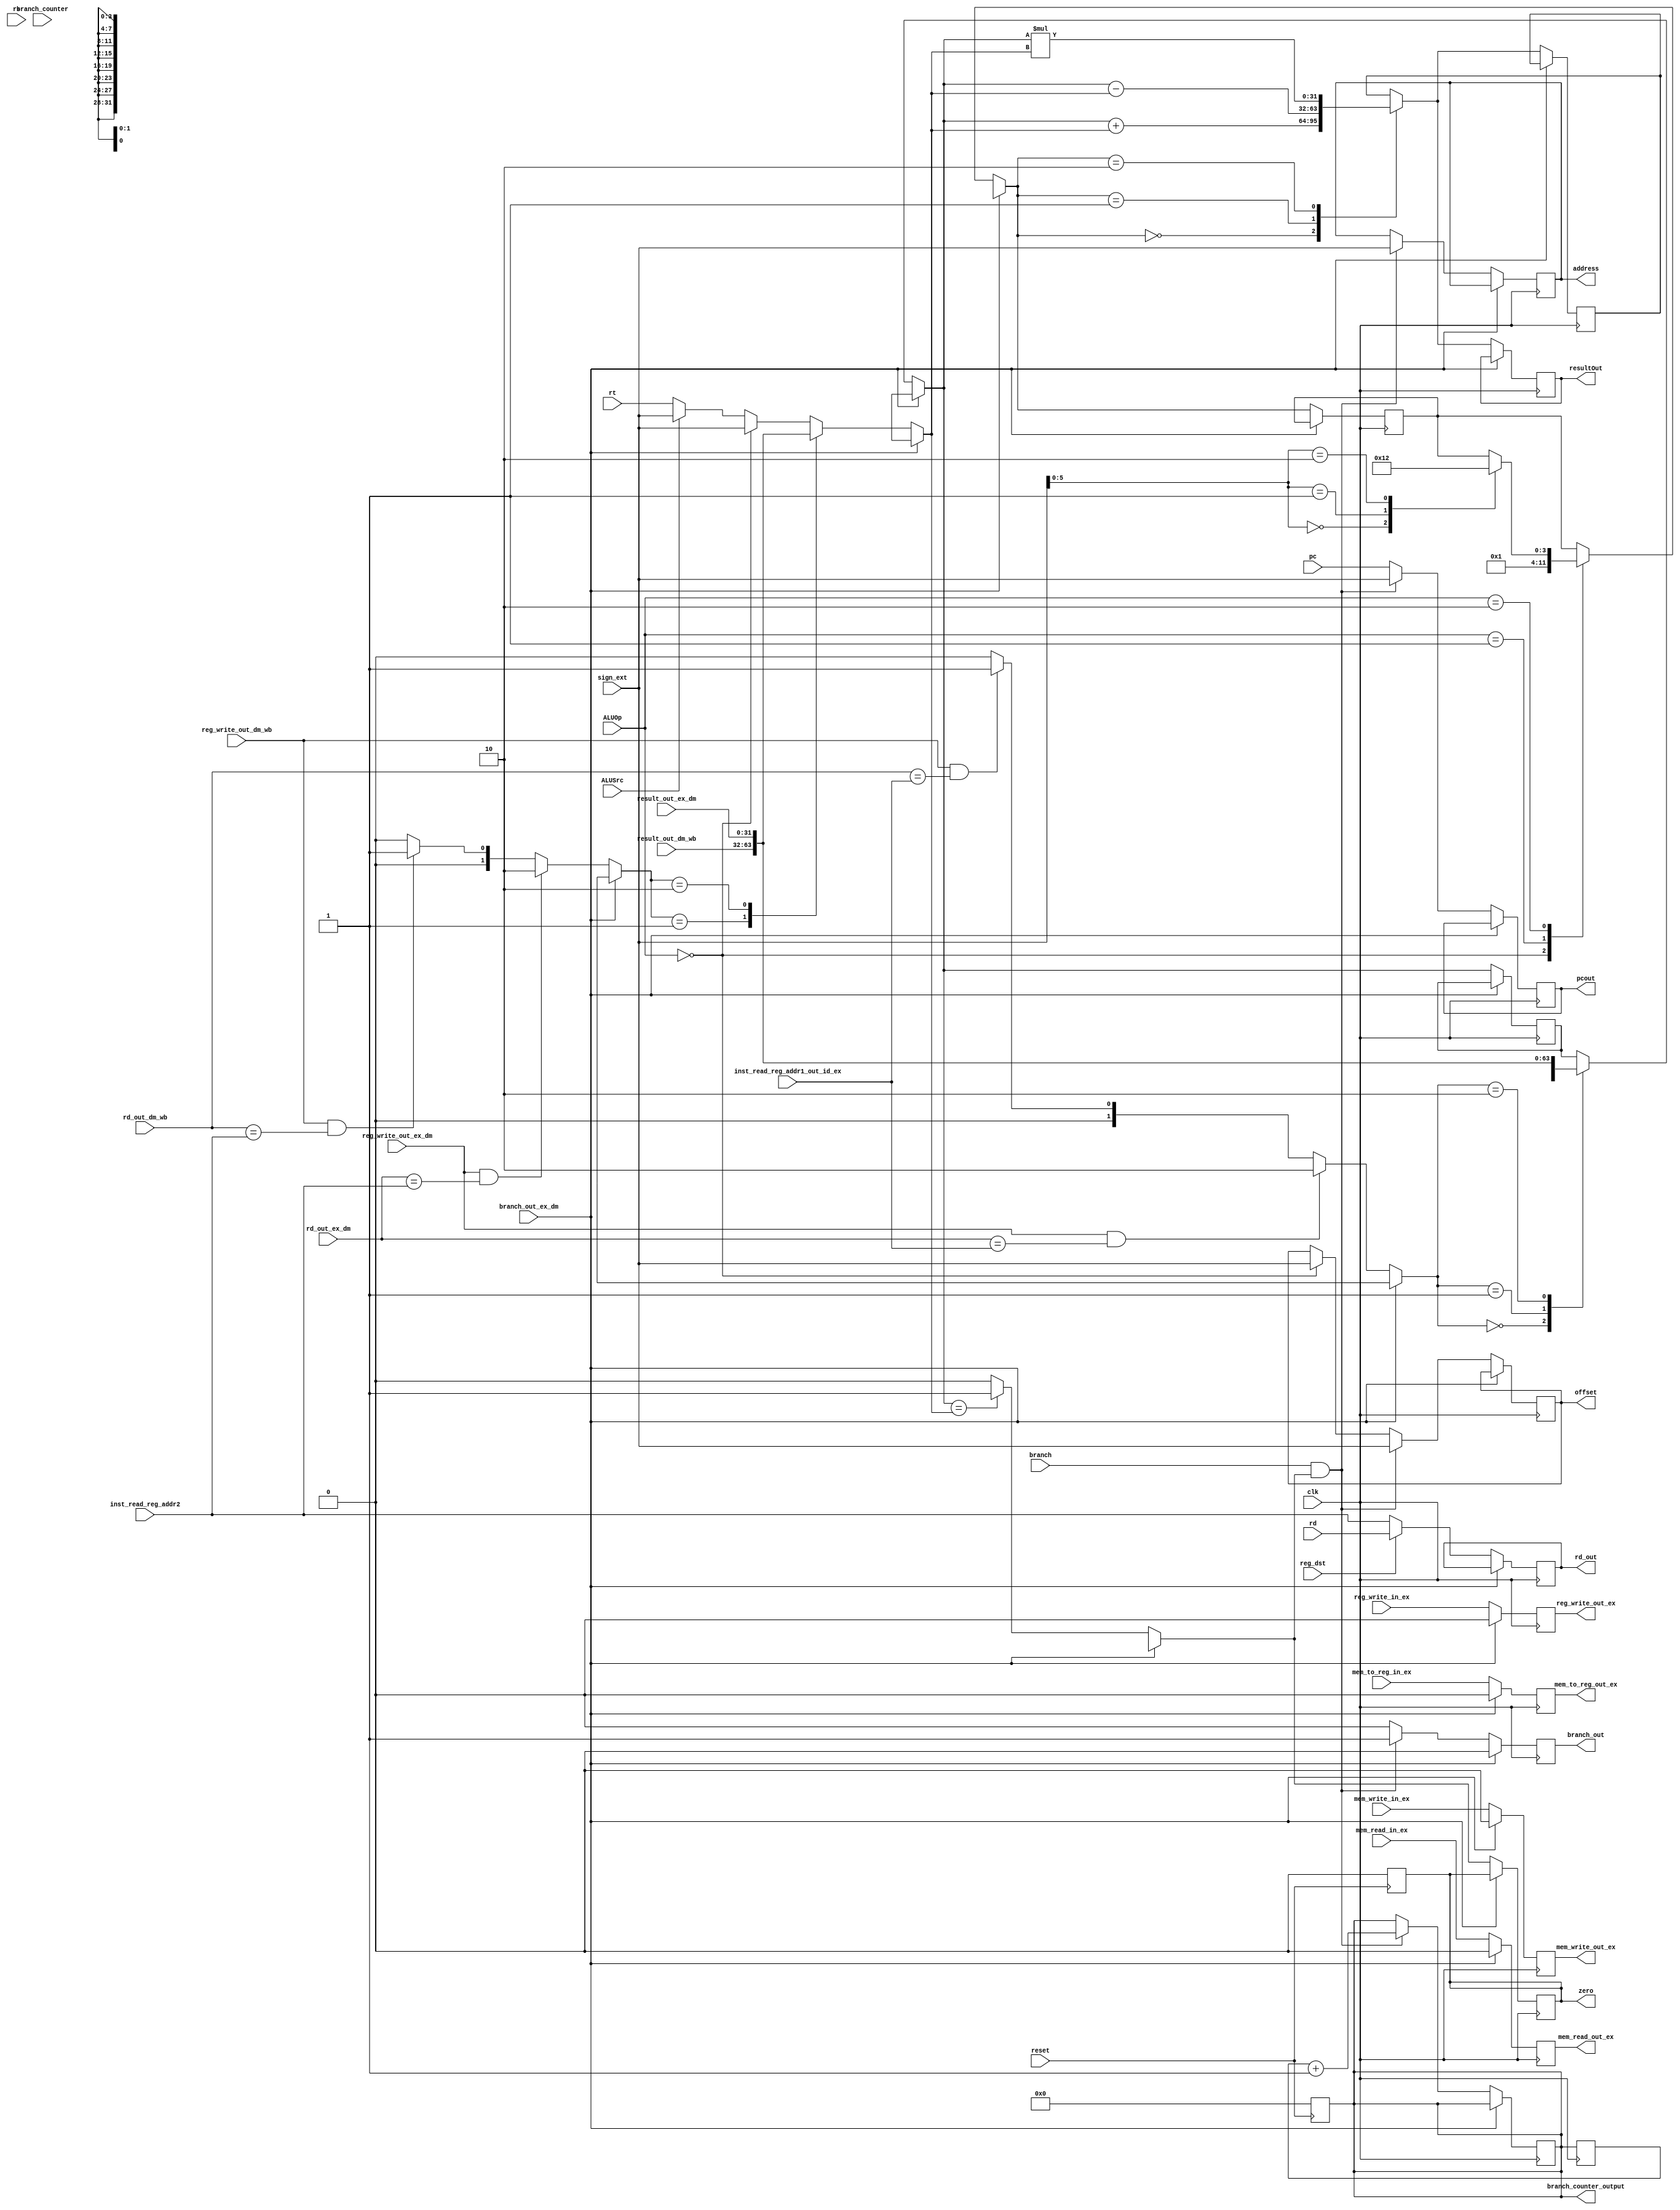
module EX(clk, rs, rt, rd_out_ex_dm, sign_ext, ALUSrc, ALUOp, branch, reset, reg_dst, inst_read_reg_addr1_out_id_ex, inst_read_reg_addr2, rd_out_dm_wb, rd, pc, zero, address, resultOut, pcout, branch_out, offset,rd_out, branch_out_ex_dm, mem_read_in_ex, mem_write_in_ex, reg_write_in_ex, reg_write_out_ex_dm, reg_write_out_dm_wb, mem_to_reg_in_ex, mem_read_out_ex, mem_write_out_ex, reg_write_out_ex, mem_to_reg_out_ex, result_out_dm_wb, result_out_ex_dm, branch_counter, branch_counter_output);

    input reset;
    input clk, reg_dst, branch_out_ex_dm;
    input mem_read_in_ex, mem_write_in_ex, reg_write_in_ex, mem_to_reg_in_ex, reg_write_out_ex_dm, reg_write_out_dm_wb;
    input wire [31:0] pc, branch_counter;
    input wire branch;
    input wire [31:0] rs;
    input wire [31:0] rt, result_out_dm_wb, result_out_ex_dm;
    input wire [31:0] sign_ext;
    input wire [4:0] rd_out_ex_dm, rd_out_dm_wb;
    input wire ALUSrc;
    input wire [1:0] ALUOp;
    input wire [4:0] inst_read_reg_addr2, rd, inst_read_reg_addr1_out_id_ex;
    wire [5:0] funct;
    reg [3:0] ALUControl;
    reg [31:0] result;
    output reg zero;
    output reg [31:0] address;
    output reg [31:0] resultOut, branch_counter_output;
    output reg [31:0] pcout;
    output reg[4:0] rd_out;
    output reg branch_out;
    output reg mem_read_out_ex, mem_write_out_ex, reg_write_out_ex, mem_to_reg_out_ex;

    reg [31:0] t_branch_counter_output;

    output reg [31:0] offset;
    reg [31:0] data1, data2;
    reg [1:0] forward_a, forward_b;

    parameter LW = 2'b00;
    parameter SW = 2'b00;
    parameter ADDI = 2'b00;
    parameter BEQ = 2'b01;
    parameter RType = 2'b10;
    parameter ADD = 6'b000000;
    parameter SUB = 6'b000001;
    parameter MUL = 6'b000010;

    assign funct = sign_ext[5:0];

    always @(posedge clk)
    begin
        t_branch_counter_output <= branch_counter_output;
        if(branch_out_ex_dm==1)
        begin
            mem_read_out_ex <= 0;
            mem_write_out_ex <= 0;
            reg_write_out_ex <= 0;
            mem_to_reg_out_ex <= 0;
            branch_out <= 0;
        end
        else
        begin
            forward_a = 2'b00;
            forward_b = 2'b00;

            // Data forwarding signals

            // MEM hazard
            if(reg_write_out_dm_wb == 1 && rd_out_dm_wb == inst_read_reg_addr1_out_id_ex)
                forward_a = 2'b01;
            if(reg_write_out_dm_wb == 1 && rd_out_dm_wb == inst_read_reg_addr2)
                forward_b = 2'b01;

            // EX hazard
            if(reg_write_out_ex_dm == 1 && rd_out_ex_dm == inst_read_reg_addr1_out_id_ex)
                forward_a = 2'b10;
            if(reg_write_out_ex_dm == 1 && rd_out_ex_dm == inst_read_reg_addr2)
                forward_b = 2'b10;

            case(forward_a)

                2'b00:
                    data1 = rs;

                2'b01:
                    data1 = result_out_dm_wb;

                2'b10:
                    data1 = result_out_ex_dm;

            endcase

            mem_read_out_ex <= mem_read_in_ex;
            mem_write_out_ex <= mem_write_in_ex;
            reg_write_out_ex <= reg_write_in_ex;
            mem_to_reg_out_ex <= mem_to_reg_in_ex;


            // MUX for selecting rd
            if (reg_dst==0)
                rd_out = inst_read_reg_addr2;
            else
                rd_out = rd;

            if(ALUSrc == 0)
                data2 = rt;
            else
                data2 = sign_ext;

            pcout = pc;
            case(ALUOp)

                LW:
                begin
                    ALUControl = 4'b0000;
                    offset = sign_ext;
                    data2 = offset;
                end

                SW:
                begin
                    ALUControl = 4'b0000;
                    offset = sign_ext;
                    data2 = offset;
                end
                ADDI:
                    ALUControl = 4'b0000;

                BEQ:
                    ALUControl = 4'b0001;

                RType:
                    case(funct)

                        ADD:
                            ALUControl = 4'b0000;

                        SUB:
                            ALUControl = 4'b0001;

                        MUL:
                            ALUControl = 4'b0010;

                    endcase


            endcase

            case(forward_b)

                2'b00:
                    data2 = data2;

                2'b01:
                    data2 = result_out_dm_wb;

                2'b10:
                    data2 = result_out_ex_dm;

            endcase

            if(data1 == data2)
                begin
                    zero = 1'b1;
                end
            else
                zero = 1'b0;

            case(ALUControl)

                4'b0000:
                    begin
                    result = data1 + data2;
                    end


                4'b0001:
                    begin
                    result = data1 - data2;
                    end

                4'b0010:
                    begin
                    result = data1 * data2;
                    end

            endcase

            if (branch==1 && zero==1)
            begin
                branch_counter_output <= t_branch_counter_output + 1;
                offset = sign_ext;
                address = offset;
                pcout = address;
                branch_out = 1;
            end
            else
                branch_out = 0;

            resultOut = result;
        end
    end

    always @(posedge reset)
    begin
        zero = 1'b0;
        branch_counter_output <= 0;
    end

endmodule